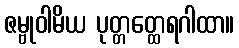
ဇမ္ဗုဝါမိယ ပုတ္တတ္ထေရဂါထာ။